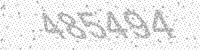
Solution: 485494